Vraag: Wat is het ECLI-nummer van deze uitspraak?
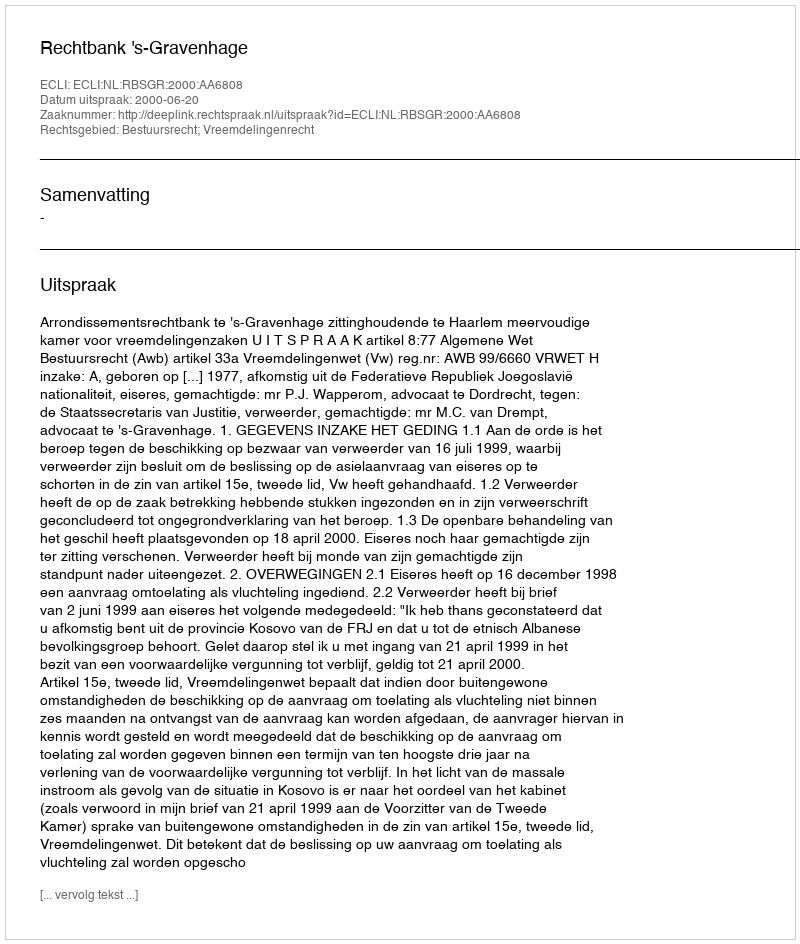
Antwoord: ECLI:NL:RBSGR:2000:AA6808